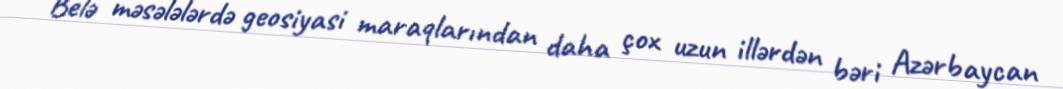
Belə məsələlərdə geosiyasi maraqlarından daha çox uzun illərdən bəri Azərbaycan